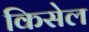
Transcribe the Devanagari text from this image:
किसेल